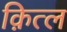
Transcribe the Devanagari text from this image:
क़ित्ल